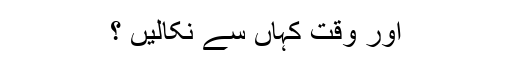
اور وقت کہاں سے نکالیں ؟